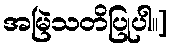
အမြဲသတိပြုပါ။]